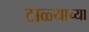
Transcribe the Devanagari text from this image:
टाळ्याच्या